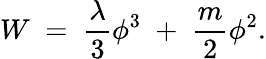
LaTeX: W\; =\; {\frac{\lambda}{3}}\phi^{3}\; +\; {\frac{m}{2}}\phi^{2}.